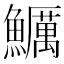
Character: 鱱